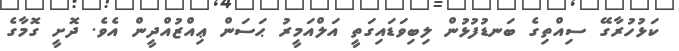
ކަޅުހުރާގޭ ސިއްތިގެ ބަނޑުފުޅުން ލިބިވަޑައިގަތީ އަލްއަމީރު ޙަސަން ޢިއްޒުއްދީން އެވެ. ދޮށީ ގޮމާގެ